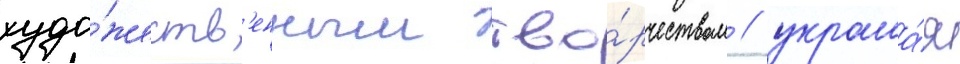
худо́жеств'енным тво́рчеством / украша́я